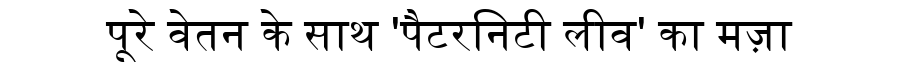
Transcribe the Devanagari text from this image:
पूरे वेतन के साथ 'पैटरनिटी लीव' का मज़ा